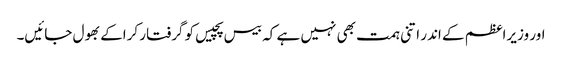
اور وزیراعظم کے اندر اتنی ہمت بھی نہیں ہے کہ بیس پچیس کو گرفتار کراکے بھول جائیں۔